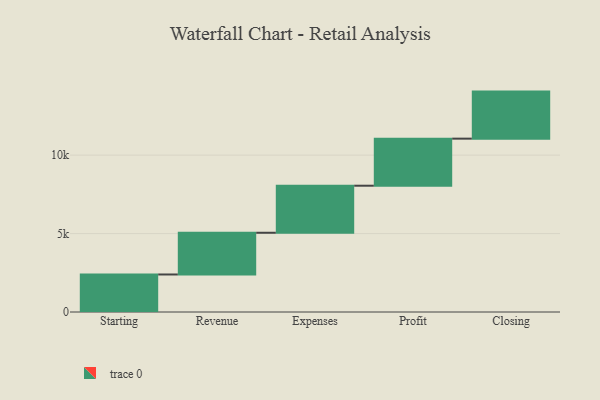
{"axis": {"x": "Step", "y": "Value"}, "legend": [""], "data": [{"x": "Starting", "y": 2392.0, "type": ""}, {"x": "Revenue", "y": 2660.0, "type": ""}, {"x": "Expenses", "y": 3000, "type": ""}, {"x": "Profit", "y": 3000, "type": ""}, {"x": "Closing", "y": 3000, "type": ""}]}